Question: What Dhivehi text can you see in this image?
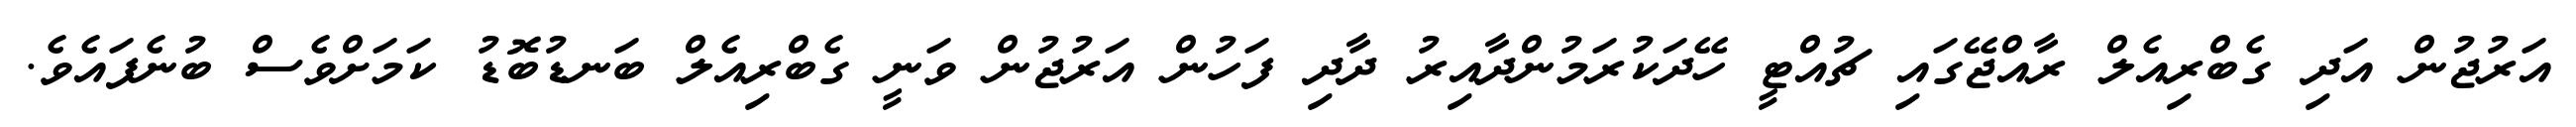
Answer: އަރުޖުން އަދި ގެބްރިއެލް ރާއްޖޭގައި ޗުއްޓީ ހޭދަކުރަމުންދާއިރު ދާދި ފަހުން އަރުޖުން ވަނީ ގެބްރިއެލް ބަނޑުބޮޑު ކަމަށްވެސް ބުނެފައެވެ.